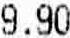
9.90